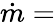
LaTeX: {\dot{m}}=